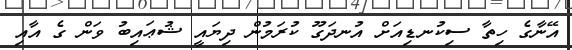
އޭނާގެ ހިތާ ސިކުނޑިއަށް އުނދަގޫ ކުރަމުން ދިޔައީ ޝުޢައިބު ވަން ގެ އާއި